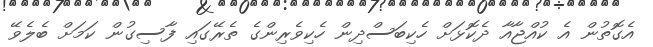
އެގޮތުން އެ ކުއްޖާއާ ދެކޮޅަށް ހެކިބަސްދިން ހެކިވެރިންގެ ތެރޭގައި ފާސިގުން ކަމަށް ބެލެވޭ